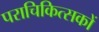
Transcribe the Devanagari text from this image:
पराचिकित्सकों